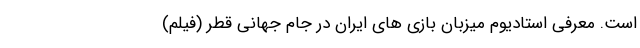
است. معرفی استادیوم میزبان بازی های ایران در جام جهانی قطر (فیلم)